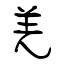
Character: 羌